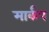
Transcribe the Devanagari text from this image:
मार्कप